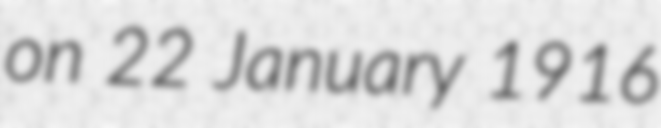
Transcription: on 22 January 1916